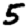
Digit: 5